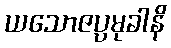
ယသောဇပ္ပမုခါနိ